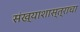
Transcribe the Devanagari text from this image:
संख्याशास्त्राचा